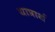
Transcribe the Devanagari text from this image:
यात्रार्थ